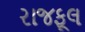
રાજફૂલ